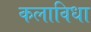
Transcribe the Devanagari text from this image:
कलाविधा